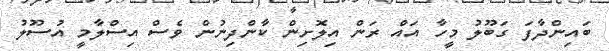
ބައިންދާފަ ގަބޫލު މީހާ އައް ރަން އިލޮށިން ކާންދިނުން ވެސް އިސްލާމީ އުސޫލު